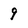
Character: 9